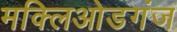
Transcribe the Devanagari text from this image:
मक्लिओडगंज